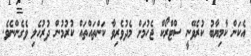
އެކަން ކާމިޔާބު ކުރެވޭނީ ސްޓްރޯކް ޖެހުމަށް މެދުވެރިވާ ކަންތައްތައް ކުރުމުން ދުރުހެލި ވެގެންނެވެ.